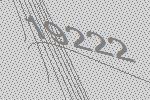
19222